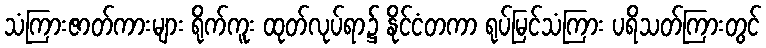
သံကြားဇာတ်ကားများ ရိုက်ကူး ထုတ်လုပ်ရာ၌ နိုင်ငံတကာ ရုပ်မြင်သံကြား ပရိသတ်ကြားတွင်